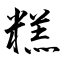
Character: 糕